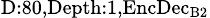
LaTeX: _{\textrm{D}:80,\textrm{Depth}:1,\textrm{EncDec}_{\textrm{B}2}}